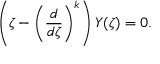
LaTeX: \left( \zeta - \left( \frac { d } { d \zeta } \right) ^ { k } \right) Y ( \zeta ) = 0 .